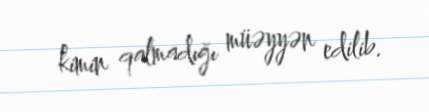
kimin qalmadığı müəyyən edilib.